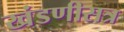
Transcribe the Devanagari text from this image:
खंडणीसत्र